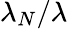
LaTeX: \lambda_{N}/\lambda